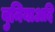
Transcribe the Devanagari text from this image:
बुनियाअदि